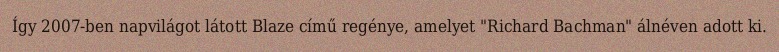
Így 2007-ben napvilágot látott Blaze című regénye, amelyet "Richard Bachman" álnéven adott ki.